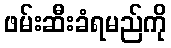
ဖမ်းဆီးခံရမည်ကို